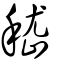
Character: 嵇